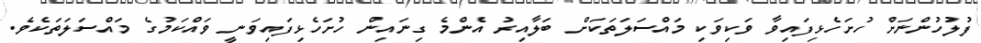
ފުލުހުންނަށް ހުށަހެޅިފައިވާ ވަކިވަކި މައްސަލަތަކަށް ބަލާއިރު އެންމެ ގިނައިން ހުށަހެޅިފައިވަނީ ވައްކަމުގެ މައްސަލަތަކެވެ.